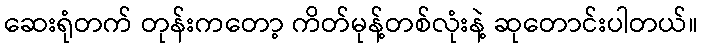
ဆေးရုံတက် တုန်းကတော့ ကိတ်မုန့်တစ်လုံးနဲ့ ဆုတောင်းပါတယ်။